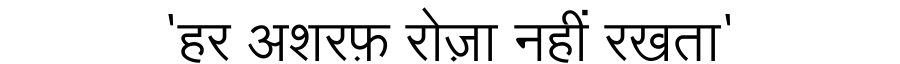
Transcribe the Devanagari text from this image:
'हर अशरफ़ रोज़ा नहीं रखता'